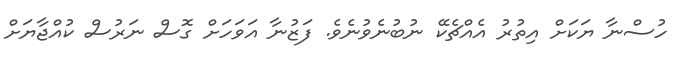
ހުސްނާ ޔަކަށް އިތުރު އެއްޗެކޭ ނުބުނެވުނެވެ. ފަޒުނާ އަވަހަށް ގޮސް ނަރުސް ކުއްޖާޔަށް